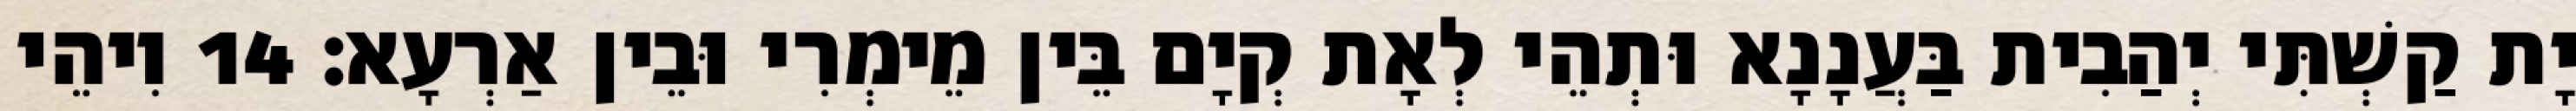
יָת קַשְׁתִּי יְהַבִית בַּעֲנָנָא וּתְהֵי לְאָת קְיָם בֵּין מֵימְרִי וּבֵין אַרְעָא׃ 14 וִיהֵי